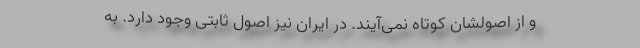
و از اصولشان کوتاه نمی‌آیند. در ایران نیز اصول ثابتی وجود دارد. به